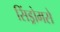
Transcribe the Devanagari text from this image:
सिंड्रोमसे